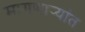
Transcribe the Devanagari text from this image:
मागणार्‍यांत